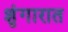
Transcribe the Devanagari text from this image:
शृंगारात